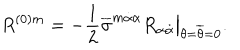
R ^ { ( 0 ) m } = - { \frac { 1 } { 2 } } \overline { { \sigma } } ^ { m \dot { \alpha } \alpha } R _ { \alpha \dot { \alpha } } \bigr | _ { \theta = \overline { { \theta } } = 0 } .